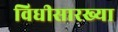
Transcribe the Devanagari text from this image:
विधीसारख्या